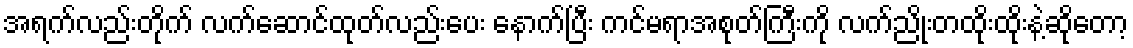
အရက်လည်းတိုက် လက်ဆောင်ထုတ်လည်းပေး နောက်ပြီး ကင်မရာအစုတ်ကြီးကို လက်ညိုးတထိုးထိုးနဲ့ဆိုတော့